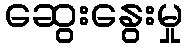
ဆွေးနွေးမှု